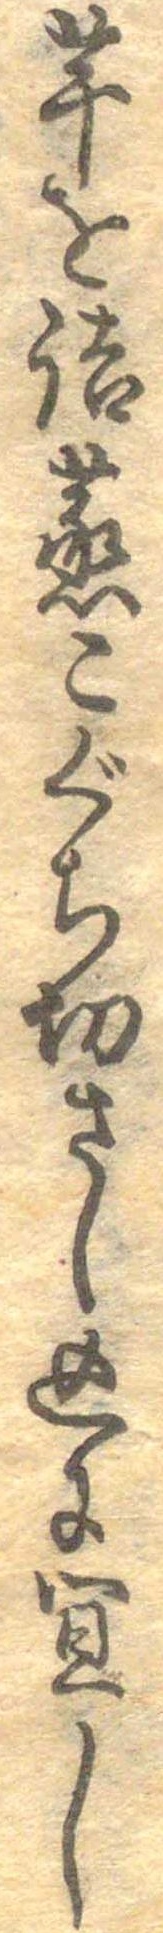
芋を詰蒸こぐち切さし込に宜し